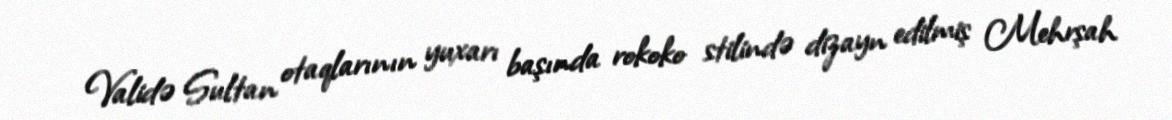
Validə Sultan otaqlarının yuxarı başında rokoko stilində dizayn edilmiş Mehrşah